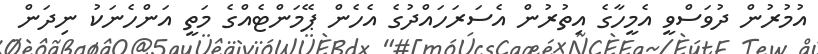
އުމުރުން ދުވަސްވީ އެމީހާގެ އިތުރުން އެސަރަހައްދުގެ އެހެން ޕޭމަންޓެއްގެ މަތީ އަންހެނަކު ނިދަން